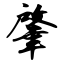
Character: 肇